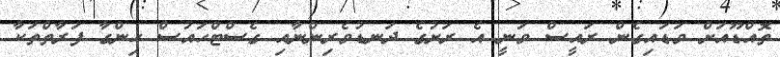
ތޮއްޑޫއަށް ވަޑައިގެން ރައީސް ވަނީ އެ ރަށުގެ ދަނޑުވެރިންނާއި ގެސްޓްހައުސް ހިންގާ ފަރާތްތަކާ